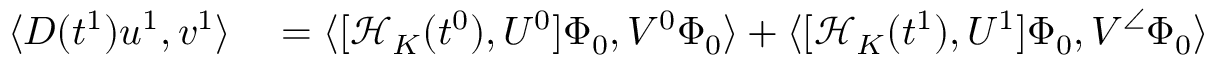
\begin{array} { r l } { \langle D ( t ^ { 1 } ) u ^ { 1 } , v ^ { 1 } \rangle } & { { } = \langle [ \mathcal { H } _ { K } ( t ^ { 0 } ) , U ^ { 0 } ] \Phi _ { 0 } , V ^ { 0 } \Phi _ { 0 } \rangle + \langle [ \mathcal { H } _ { K } ( t ^ { 1 } ) , U ^ { 1 } ] \Phi _ { 0 } , V ^ { \angle } \Phi _ { 0 } \rangle } \end{array}